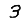
Digit: 3